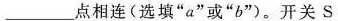
___点相连(选填”a”或”b”)。开关S